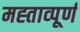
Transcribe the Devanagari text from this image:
मह्ताव्पूर्ण